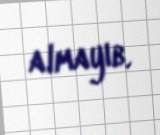
almayıb.